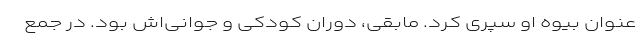
عنوان بیوه او سپری کرد. مابقی، دوران کودکی و جوانی‌اش بود. در جمع